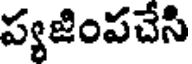
ప్యజింపచేసి